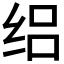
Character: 𬘤